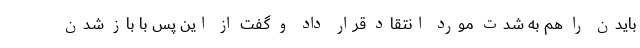
بایدن را هم به شدت مورد انتقاد قرار داد و گفت از این پس با باز شدن